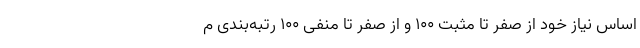
اساس نیاز خود از صفر تا مثبت ۱۰۰ و از صفر تا منفی ۱۰۰ رتبه‌بندی م